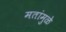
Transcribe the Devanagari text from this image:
मतांमुळे